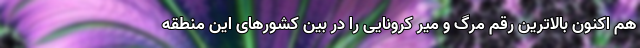
هم اکنون بالاترین رقم مرگ و میر کرونایی را در بین کشورهای این منطقه